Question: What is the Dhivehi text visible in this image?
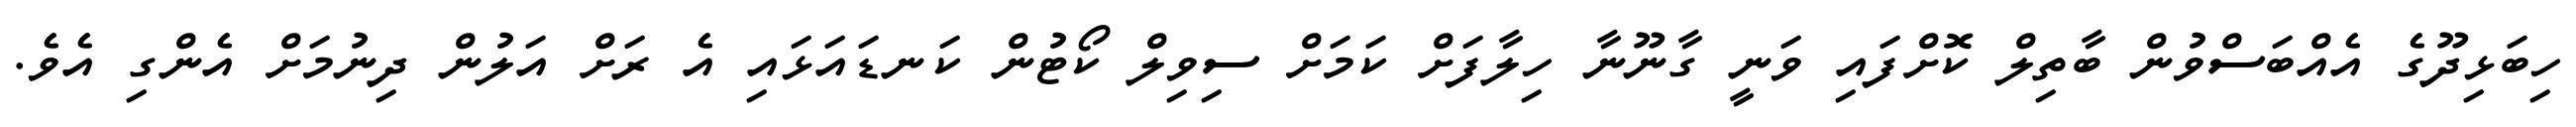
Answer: ހިބަޅިދޫގެ އެއްބަސްވުން ބާތިލް ކޮށްފައި ވަނީ ގާނޫނާ ހިލާފަށް ކަމަށް ސިވިލް ކޯޓުން ކަނޑައަޅައި އެ ރަށް އަލުން ދިނުމަށް އެންގި އެވެ.